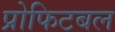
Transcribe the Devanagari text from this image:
प्रोफिटबल